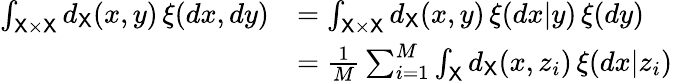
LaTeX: \begin{array}{rl}{\int_{{\mathsf X}\times{\mathsf X}}d_{{\mathsf X}}(x,y)\, \xi(dx,dy)}&{=\int_{{\mathsf X}\times{\mathsf X}}d_{{\mathsf X}}(x,y)\, \xi(dx|y)\, \xi(dy)}\\ &{=\frac{1}{M}\sum_{i=1}^{M}\int_{{\mathsf X}}d_{{\mathsf X}}(x,z_{i})\, \xi(dx|z_{i})}\end{array}